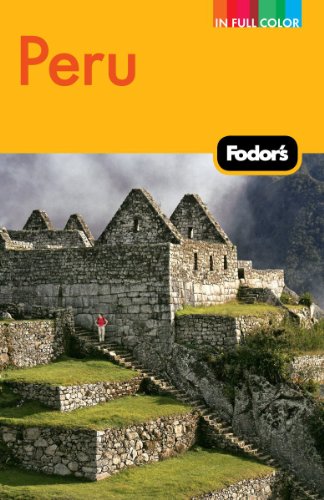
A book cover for Fodor's Peru: with Machu Picchu, the Inca Trail, and Side Trips to Bolivia (Full-color Travel Guide); Fodor's; Travel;